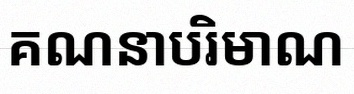
គណនាបរិមាណ